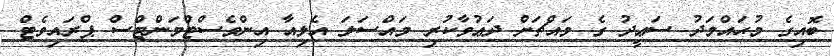
ބޮއިގެ މުޙައްމަދު ސަޢީދު ގެ މައްޗަށް ދަޢުވާކުރި މައްސަލަ އެލިއާ އިންވެސްޓްމަންޓްސް ޕްރައިވެޓް